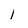
Character: I